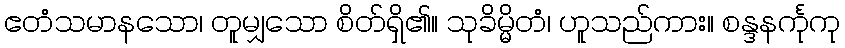
ဧတံသမာနသော၊ တူမျှသော စိတ်ရှိ၏။ သုခိမ္မိတံ၊ ဟူသည်ကား။ စန္ဒနင်္ကုကု